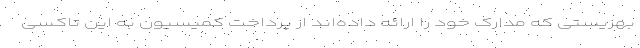
بهزیستی که مدارک خود را ارائه داده‌اند از پرداخت کمیسیون به این تاکسی